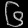
Digit: ၆